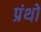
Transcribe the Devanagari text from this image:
प्रंथों